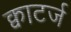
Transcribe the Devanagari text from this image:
क्वाटर्ज